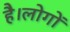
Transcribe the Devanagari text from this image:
है।लोगों